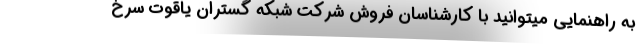
به راهنمایی میتوانید با کارشناسان فروش شرکت شبکه گستران یاقوت سرخ